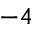
^ { - 4 }